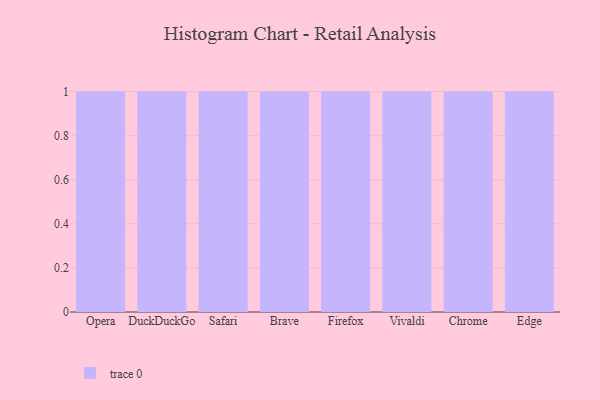
{"axis": {"x": "Browser", "y": "Shipments"}, "legend": [""], "data": [{"x": "Opera", "y": 14, "type": ""}, {"x": "DuckDuckGo", "y": 99, "type": ""}, {"x": "Safari", "y": 33, "type": ""}, {"x": "Brave", "y": 90, "type": ""}, {"x": "Firefox", "y": 83, "type": ""}, {"x": "Vivaldi", "y": 48, "type": ""}, {"x": "Chrome", "y": 90, "type": ""}, {"x": "Edge", "y": 76, "type": ""}]}